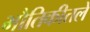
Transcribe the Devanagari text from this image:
भौतिकीतले